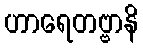
ဟာရေတဗ္ဗာနိ